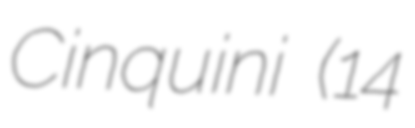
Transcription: Cinquini (14